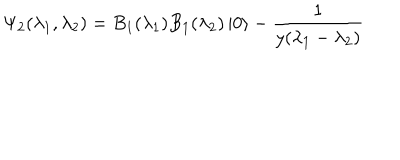
\Psi _ { 2 } ( \lambda _ { 1 } , \lambda _ { 2 } ) = B _ { 1 } ( \lambda _ { 1 } ) B _ { 1 } ( \lambda _ { 2 } ) \left| 0 \right\rangle - \frac { 1 } { y ( \lambda _ { 1 } - \lambda _ { 2 } ) }